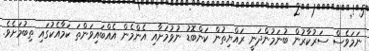
ނަމަވެސް ސަރުކާރުން ބުނަމުންދަނީ ރައްޔިތުން ކަންބޮޑު ނުވުމަށާއި އެންމެން އެއްބައިވަންތަ ކަމާއެކުގައި ތިބުމަށެވެ.